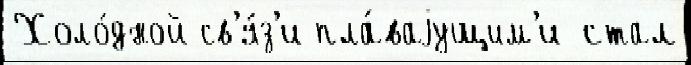
Холо́дной св'я́з'и пла́ваjущим'и стал